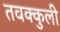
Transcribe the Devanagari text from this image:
तवक्कुली